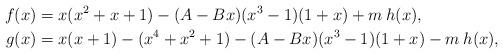
LaTeX: \begin{align*}f(x) &= x(x^2+x+1)- (A-Bx)(x^3-1)(1+x)+ m\:h(x),\\g(x) & = x(x+1) -(x^4+x^2+1) - (A-Bx)(x^3-1)(1+x)-m\:h(x), \end{align*}